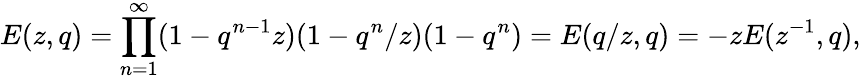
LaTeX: E(z,q)=\prod_{n=1}^{\infty}(1-q^{n-1}z)(1-q^{n}/z)(1-q^{n})=E(q/z,q)=-zE(z^{-1},q),